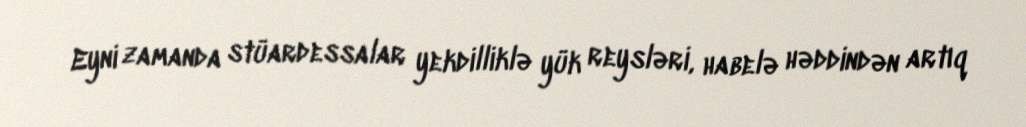
Eyni zamanda stüardessalar yekdilliklə yük reysləri, habelə həddindən artıq